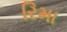
રિમા